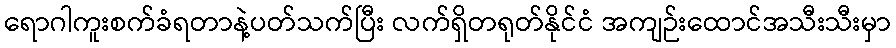
ရောဂါကူးစက်ခံရတာနဲ့ပတ်သက်ပြီး လက်ရှိတရုတ်နိုင်ငံ အကျဉ်းထောင်အသီးသီးမှာ